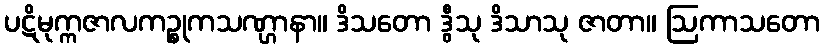
ပဋိမုက္ကဇာလကဉ္စုကသဏ္ဌာနာ။ ဒိသတော ဒွီသု ဒိသာသု ဇာတာ။ ဩကာသတော